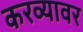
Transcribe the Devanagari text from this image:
करव्यावर